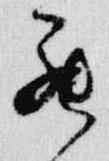
罷